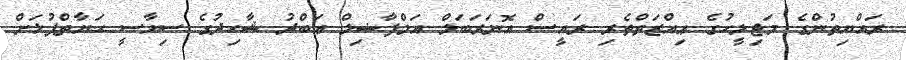
ރައްޔިތުންގެ މަޖިލީހުގެ ޢިއްޒަތްތެރި ރައީސް އޮނަރަބަލް އަލްފާޟިލް ޢަބްދު ޝާހިދުގެ ސިޔާސީ ޙަޔާތްޕުޅަށް